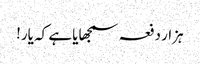
ہزار دفعہ سمجھایا ہے کہ یار!